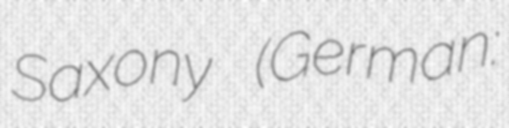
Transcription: Saxony (German: